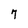
Character: 7